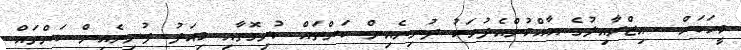
މީހަކަށް  އިޒްރާއިލުގެ އާއްމުންއެދުވަހު ދުނިޔެއިން ކަންތައް ކުރިގޮތާއި މިއަދު ދުނިޔެއިން ކަންތައް